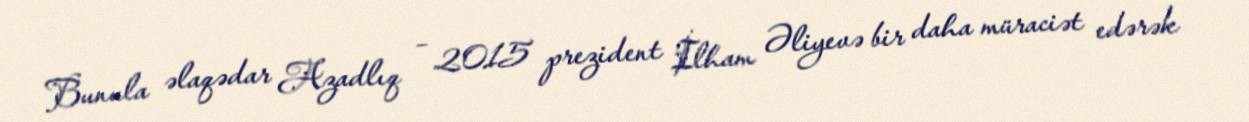
Bunula əlaqədar Azadlıq – 2015 prezident İlham Əliyevə bir daha müraciət edərək